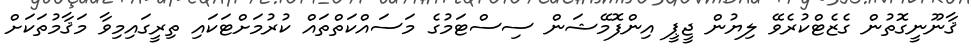
ޤާނޫނީގޮތުން ގެޒެޓްކުރެވޭ ލިޔުން ޖީޕީ އިންފޮމޭޝަން ސިސްޓަމުގެ މަސައްކަތްތައް ކުރުމަށްޓަކައި ތިރީގައިމިވާ މަޤާމުތަކަށް